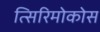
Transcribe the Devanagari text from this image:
त्सिरिमोकोस